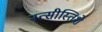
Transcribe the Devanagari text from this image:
नत्सीस्तिशे